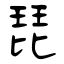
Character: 琵